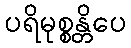
ပရိမုစ္စန္တိပေ